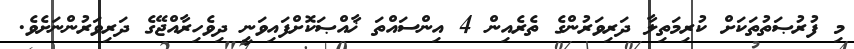
މި ފުރުޞަތުތަކަށް ކުރިމަތިލާ ދަރިވަރުންގެ ތެރެއިން 4 އިންސައްތަ ޚާއްޞަކޮށްފައިވަނީ ދިވެހިރާއްޖޭގެ ދަރިވަރުންނަށެވެ.